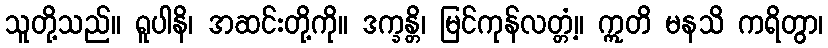
သူတို့သည်။ ရူပါနိ၊ အဆင်းတို့ကို။ ဒက္ခန္တိ၊ မြင်ကုန်လတ္တံ့။ ဣတိ မနသိ ကရိတွာ၊